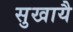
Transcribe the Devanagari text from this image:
सुखायै